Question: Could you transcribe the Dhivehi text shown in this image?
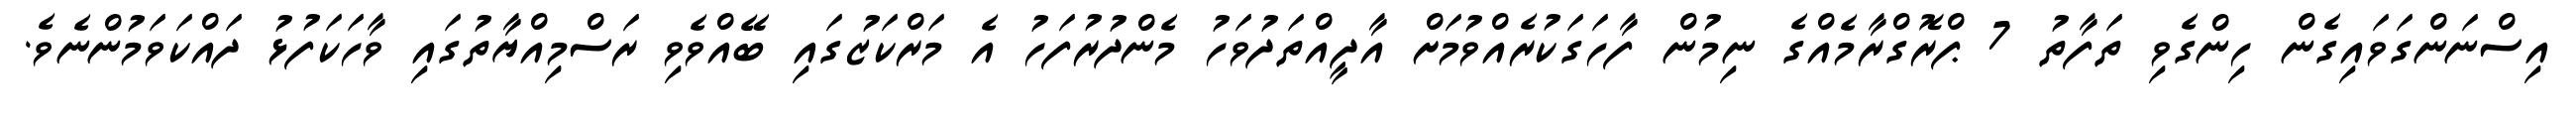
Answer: އިސްނަންގަވައިގެން ހިންގެވި ތަފާތު 7 ޕްރޮގްރާމެއްގެ ނިމުން ފާހަގަކުރެއްވުމަށް އާދީއްތަދުވަހު މެންދުރުފަހު އެ މަރްކަޒުގައި ބޭއްވެވި ރަސްމިއްޔާތުގައި ވާހަކަފުޅު ދައްކަވަމުންނެވެ.